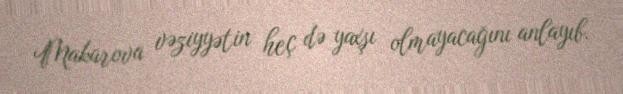
Makarova vəziyyətin heç də yaxşı olmayacağını anlayıb.